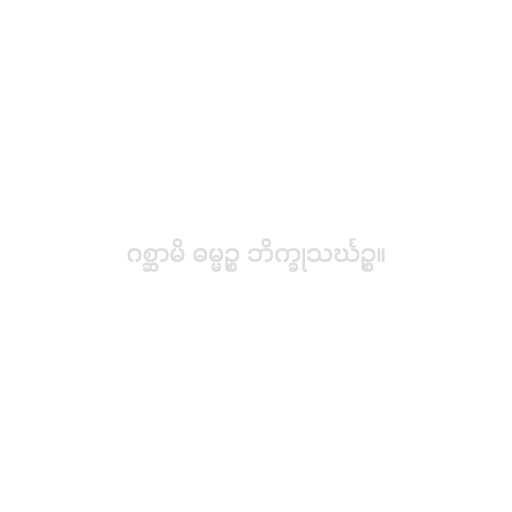
ဂစ္ဆာမိ ဓမ္မဉ္စ ဘိက္ခုသင်္ဃဉ္စ။